Vaccination in Bombay 1869-1873 - 1869-1873
Year: 1869
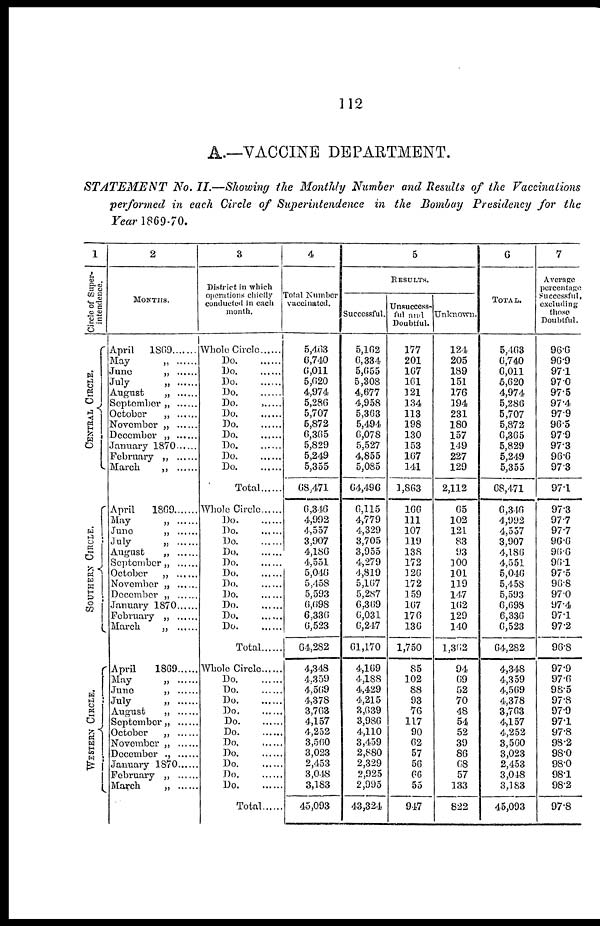
112
A.—VACCINE DEPARTMENT.
STATEMENT
No. II.—Showing the Monthly Number and Results of the Vaccinations
performed in each Circle of Superintendence
in the Bombay Presidency for the
Year 1869-70.
1
Circle of Super-
intendence.
CENTRAL CIRCLE.
SOUTHERN CIRCLE.
WESTERN CIRCLE.
2
MONTHS.
April
1869
May
„
June „
July „
August „
September „
October „
November „
December „
January 1870
February „
March „
April
1869
May
„
June „
July
„
August
„
September „
Octomber „
November „
December „
January 1870
February „
March „
April
1869
May
„
.......
June „ ......
July
„
August „ ......
September „ ......
October „ ......
November „ ......
December „ ......
January 1870 ......
February „ ......
March „ ......
3
District in which
operations chiefly
conducted in each
month.
Whole Circle
Do
Do.
.....
Do
Do. .....
Do. .....
Do. .....
Do. .....
Do. .....
Do
Do. .....
Do. .....
Total ......
Whole Circle
Do. ......
Do. .......
Do. ......
Do. ......
Do. ......
Do. ......
Do. ......
Do. ......
Do. .......
Do. .......
Do. .....
Total ........
Whole Circle
Do. .......
Do. ......
Do. ......
Do. ......
Do. .......
Do. ......
Do.
......
Do. ......
Do. ......
Do. ......
Do. ......
Total .......
4
Total Number
5,463
6,740
6,011
5,620
4,974
5,286
5,707
5,872
6,305
5,829
5,249
5,355
68,471
6,346
4,992
4,557
3,907
4,186
4,551
5,046
5,458
5,593
6,698
6,336
6,523
64,282
4,348
4,359
4,569
4,378
3,763
4,157
4,252
3,560
3,023
2,453
3,048
3,183
45,093
5
RESULTS.
Successful.
5,162
6,334
5,655
5,308
4,677
4,958
5,363
5,494
6,078
5,527
4,855
5,085
64,496
6,115
4,779
4,329
3,705
3,955
4,279
4,819
5,167
5,287
6,369
6,031
6,247
61,170
4,169
4,188
4,429
4,215
3,639
3,986
4,110
3,459
2,880
2,329
2,925
2,995
43,324
Unsuccess-
ful and
Doubtful.
177
201
167
161
121
134
113
198
130
153
167
141
1,863
166
111
107
119
138
172
126
172
159
167
176
136
1,750
85
102
88
93
76
117
90
62
57
56
66
55
947
Unknown.
124
205
189
151
176
194
231
180
157
149
227
129
2,112
65
102
121
83
93
100
101
119
147
162
129
140
1,362
94
69
52
70
48
54
52
39
86
68
57
133
822
6
TOTAL.
5,463
6,740
6,011
5,620
4,974
5,286
5,707
5,872
6,365
5,829
5,249
5,355
68,471
6,346
4,992
4,557
3,907
4,186
4,551
5,046
5,458
5,593
6,698
6,336
6,523
64,282
4,348
4,359
4,569
4,378
3,763
4,157
4,252
3,560
3,023
2,453
3,048
3,183
45,093
7
Average
percentage
Successful,
excluding
those
Doubtful.
96.6
96.9
97.1
97.0
97.5
97.4
97.9
96.5
97.9
97.3
96.6
97.3
97.1
97.3
97.7
97.7
96.6
96.6
96.1
97.5
96.8
97.0
97.4
97.1
97.2
96.8
97.9
97.6
98.5
97.8
97.9
97.1
97.8
98.2
98.0
98.0
98.1
98.2
97.8